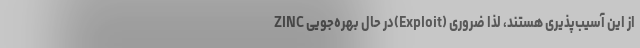
ZINC در حال بهره‌جویی(Exploit) از این آسیب‌پذیری هستند، لذا ضروری